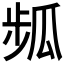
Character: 𤫻